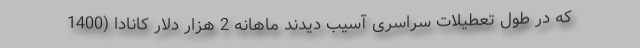
که در طول تعطیلات سراسری آسیب دیدند ماهانه 2 هزار دلار کانادا (1400